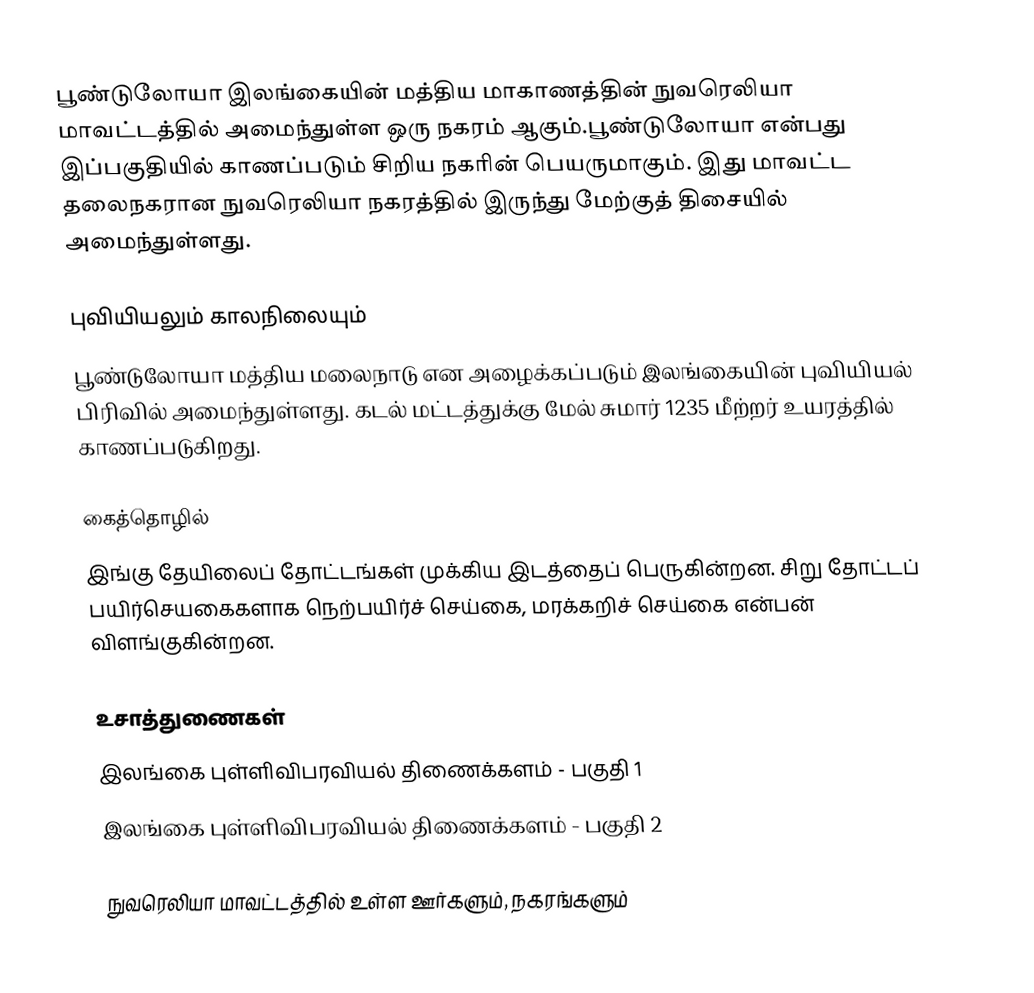
பூண்டுலோயா இலங்கையின் மத்திய மாகாணத்தின் நுவரெலியா மாவட்டத்தில் அமைந்துள்ள ஒரு நகரம் ஆகும்.பூண்டுலோயா என்பது இப்பகுதியில் காணப்படும் சிறிய நகரின் பெயருமாகும். இது மாவட்ட தலைநகரான நுவரெலியா நகரத்தில் இருந்து மேற்குத் திசையில் அமைந்துள்ளது.

புவியியலும் காலநிலையும்
பூண்டுலோயா மத்திய மலைநாடு என அழைக்கப்படும் இலங்கையின் புவியியல் பிரிவில் அமைந்துள்ளது. கடல் மட்டத்துக்கு மேல் சுமார் 1235 மீற்றர் உயரத்தில் காணப்படுகிறது.

கைத்தொழில்
இங்கு தேயிலைப் தோட்டங்கள் முக்கிய இடத்தைப் பெருகின்றன. சிறு தோட்டப் பயிர்செயகைகளாக நெற்பயிர்ச் செய்கை, மரக்கறிச் செய்கை என்பன் விளங்குகின்றன.

உசாத்துணைகள்
 இலங்கை புள்ளிவிபரவியல் திணைக்களம் - பகுதி 1
 இலங்கை புள்ளிவிபரவியல் திணைக்களம் - பகுதி 2

நுவரெலியா மாவட்டத்தில் உள்ள ஊர்களும், நகரங்களும்